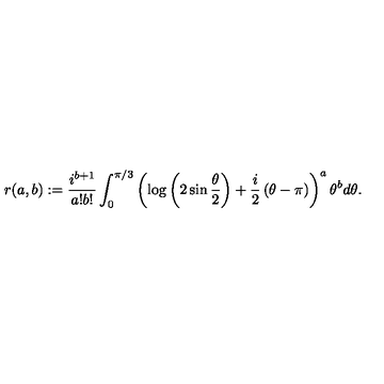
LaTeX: r ( a , b ) : = \frac { i ^ { b + 1 } } { a ! b ! } \int _ { 0 } ^ { \pi / 3 } \left( \log \left( 2 \sin \frac { \theta } { 2 } \right) + \frac { i } { 2 } \left( \theta - \pi \right) \right) ^ { a } \theta ^ { b } d \theta .